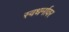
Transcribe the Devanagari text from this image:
स्वधर्मावर